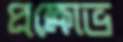
প্রক্ষোভ